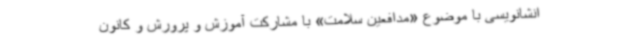
انشانویسی با موضوع «مدافعین سلامت» با مشارکت آموزش و پرورش و کانون